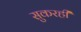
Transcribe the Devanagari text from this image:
सुकरही